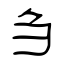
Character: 刍